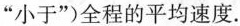
“小于”)全程的平均速度.